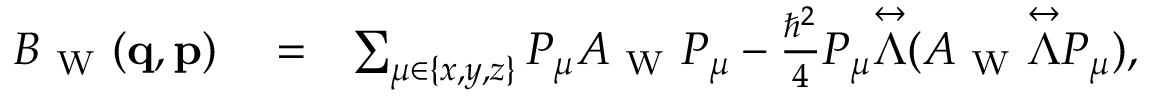
\begin{array} { r l r } { B _ { \mathrm { ~ W ~ } } ( \ensuremath { \mathbf { q } } , \ensuremath { \mathbf { p } } ) } & { { } = } & { \sum _ { \mu \in \{ x , y , z \} } P _ { \mu } A _ { \mathrm { ~ W ~ } } P _ { \mu } - \frac { \hbar ^ { 2 } } { 4 } P _ { \mu } \overset \leftrightarrow { \Lambda } ( A _ { \mathrm { ~ W ~ } } \overset \leftrightarrow { \Lambda } P _ { \mu } ) , } \end{array}